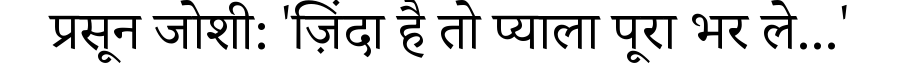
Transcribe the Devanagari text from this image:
प्रसून जोशी: 'ज़िंदा है तो प्याला पूरा भर ले...'